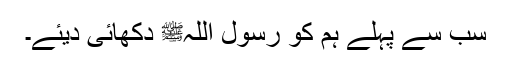
سب سے پہلے ہم کو رسول اللہﷺ دکھائی دیئے۔